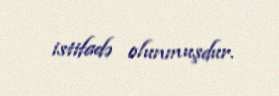
istifadə olunmuşdur.